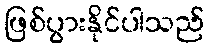
ဖြစ်ပွားနိုင်ပါသည်